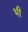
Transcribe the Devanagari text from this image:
भी